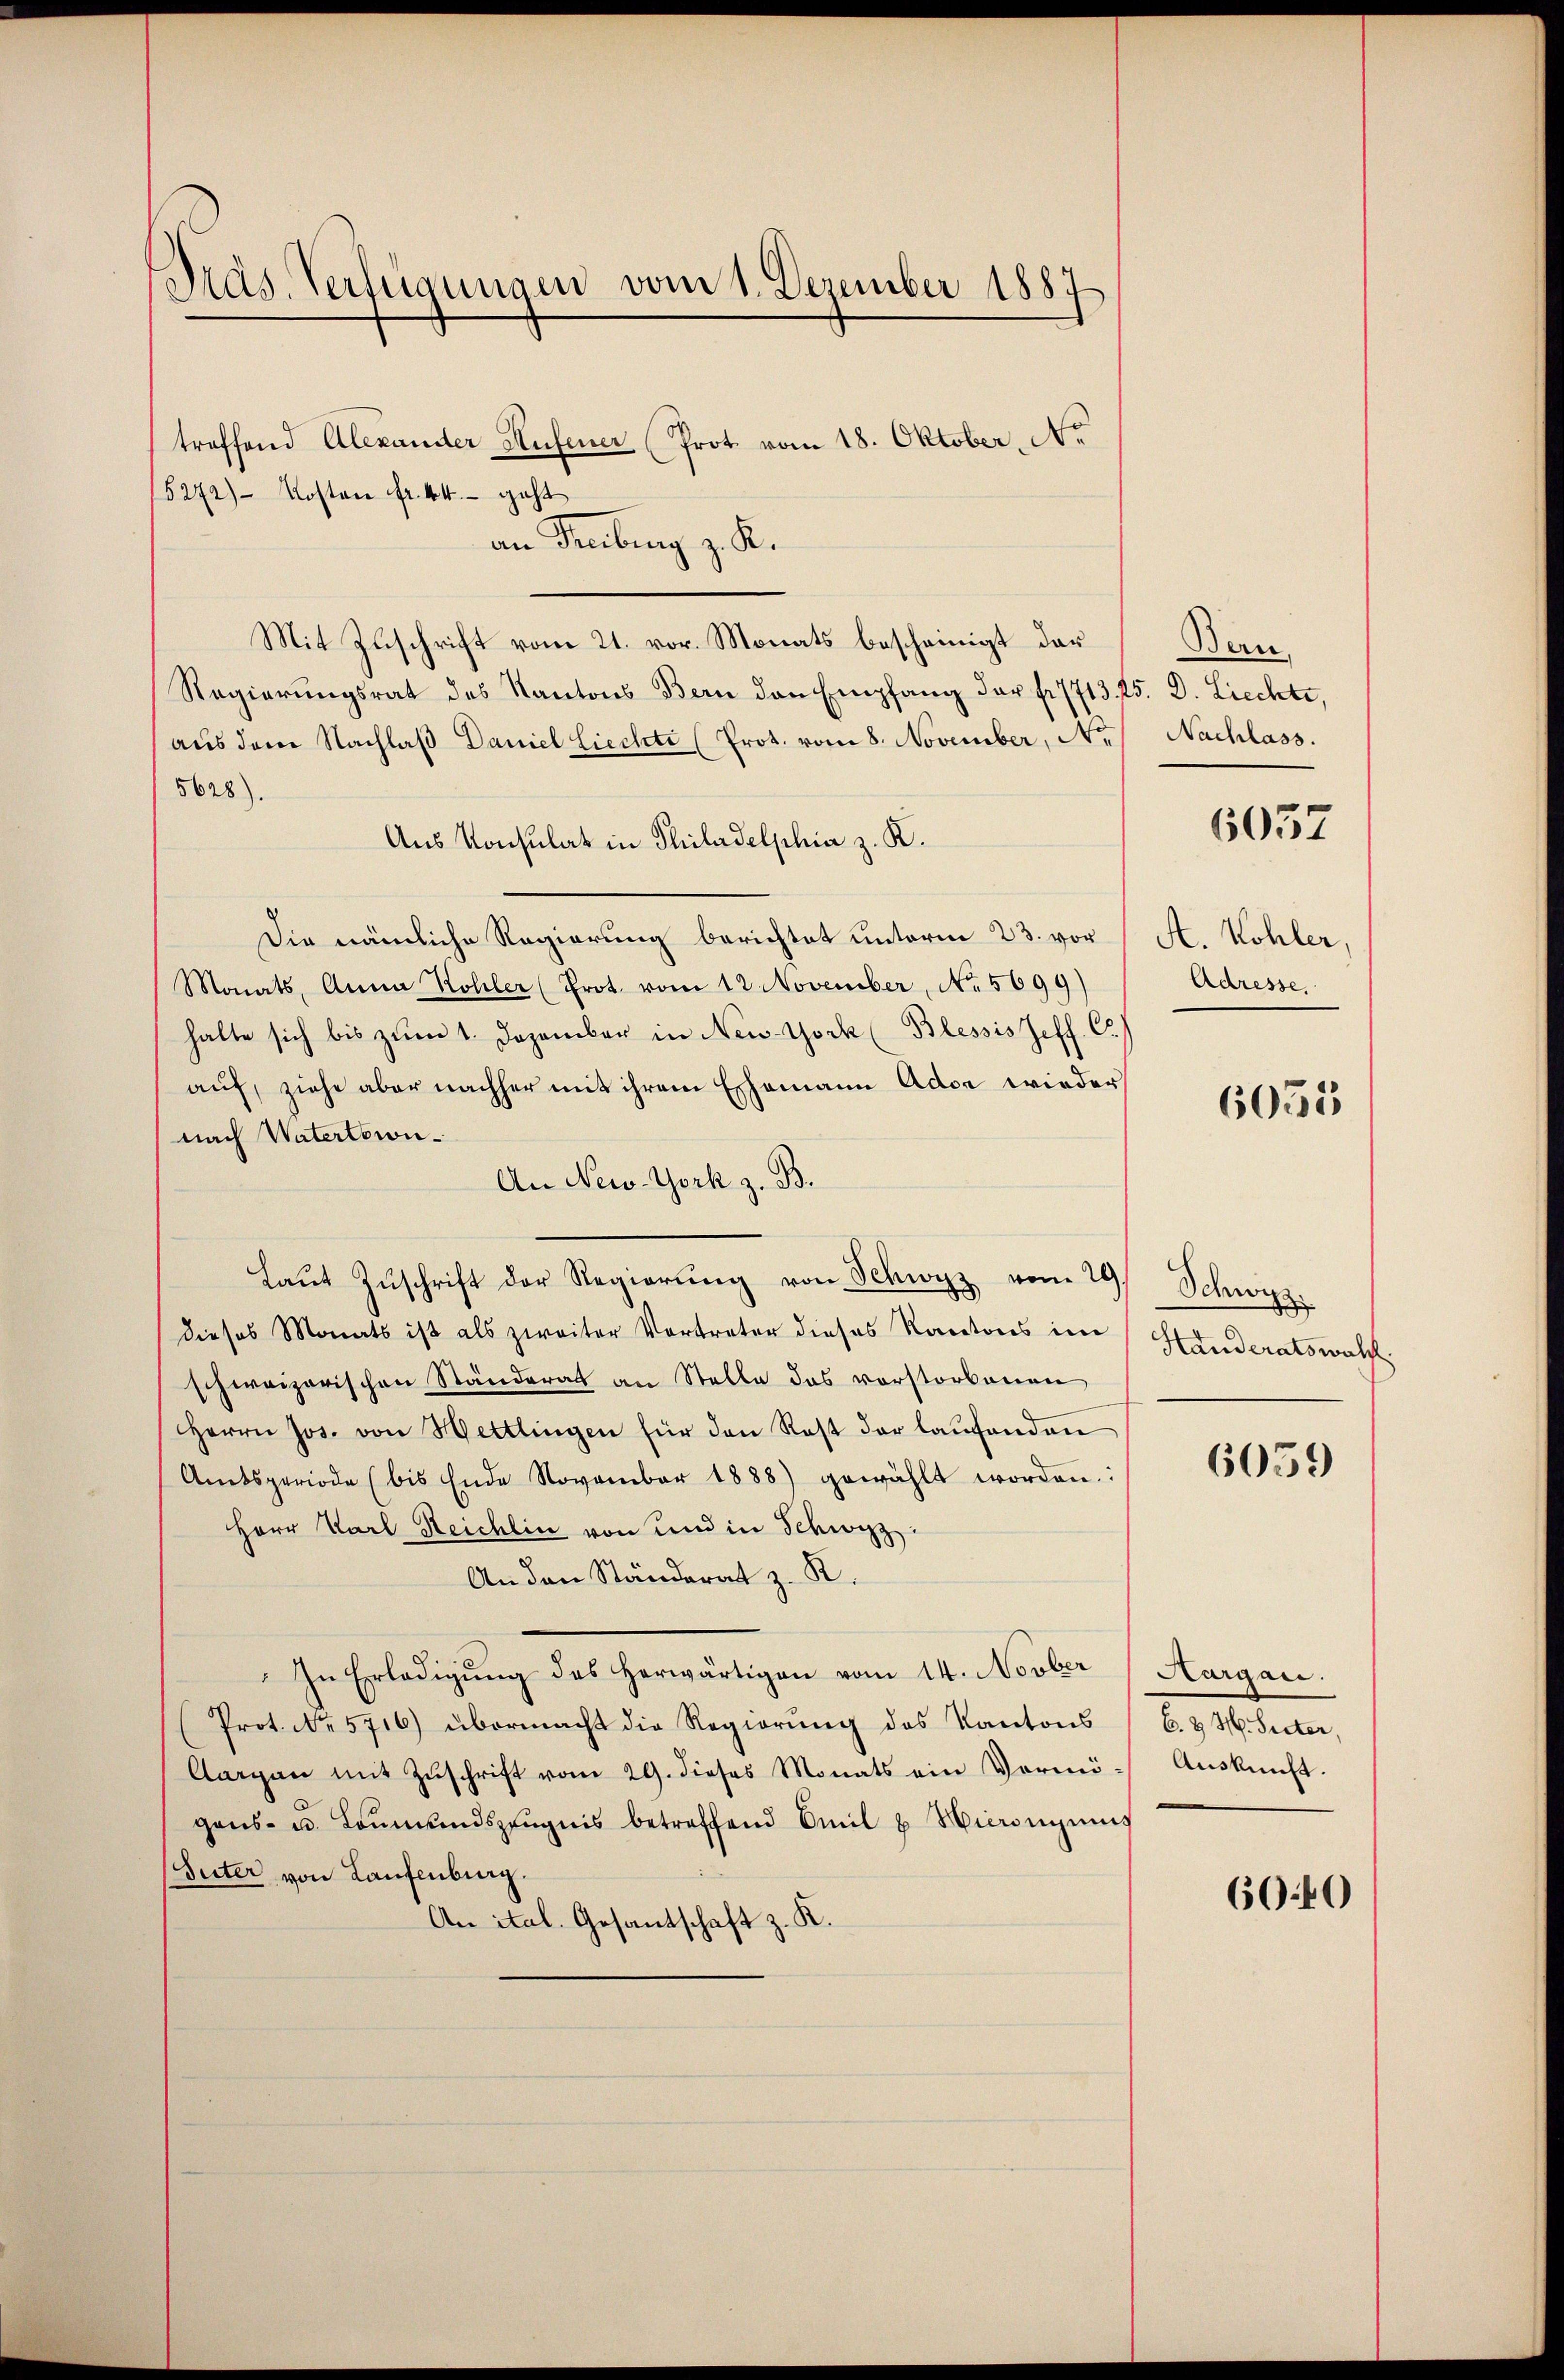
Präs. Verfügungen vom 1. Dezember 1887

treffend Alexander Aufener Prot. vom 18. Oktober, No
5272) Kosten fr. 44. geht
an Freibung z. K.
Mit Zuschrift vom 21. vor. Monats bescheinigt der
Regierungsrat des Kantons Bern den Empfang der fr. 1713. 25. d. Liechte,
aŭs dem Nachlaβ Daniel Liechte (Prot. vom 8. November, No.
5628).
Aus Konsulat in Thiladelphia z. K.
Die nämliche Regierung berichtet unterm 23. vor
Monats, Anna Kohler (Prot. vom 12. November, No. 5699)
halte sich bis zŭm 1. Dezember in New-York (Blessis Zeff. C.)
auf, ziehe aber nachher mit ihrem Eschemann Ador wieder
nach Vatertewi¬
An New-York z. B.
Laŭt Zŭschrift der Regierŭng von Schwyz vom 29
dieses Monats ist als zweiter Vortreter dieses Kantons im
schweizerischen Ständerat an Stelle das vorstorbenen
Herrn Jos. von Hettlingen für den Rest der laufenden
Amtsperiode (bis Ende November 1888) gewählt worden:
Herr Karl Reichlin von und in Schwyz.
An den Ständerat z. R.
In Erledigŭng des herwärtigen vom 14. Novber
Prot. No. 5716) übermacht die Regierung des Kantons
Aargau mit Zuschrift vom 29. dieses Monats ein Vermögens- u. Leŭmŭndszeŭgnis betreffend Emil u. Hieroniums
(Seiter von Laufenburg.
An ital. Gesantschaft z. R.

Bern,
Nachlass.
A. Kohler
Adresse
6055

6037

Schwyz.
Standeratswall.

6059

Aargau.
B. & H. Seiter,
Auskunft.

6040